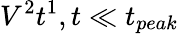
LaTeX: V^{2}t^{1},t\ll t_{peak}